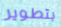
بتطوير